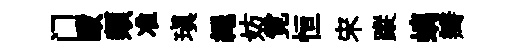
门毆類准瑱繩妨霓恒宋蹤螭瓣